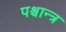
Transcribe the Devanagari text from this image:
पश्चान्त्र